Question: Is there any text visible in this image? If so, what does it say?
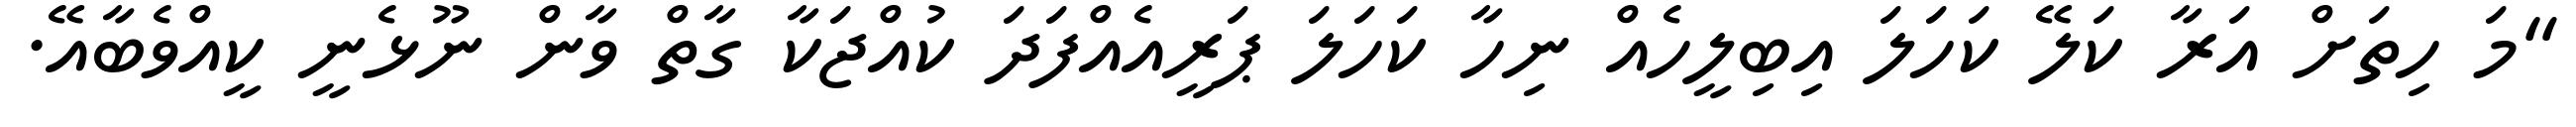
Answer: "މަ ހިތަށް އަރާ ކަލޭ ކަހަލަ އިބިލީހެއް ނިހާ ކަހަލަ ޕަރީއެއްފަދަ ކުއްޖަކާ ގާތް ވާން ނޫޅެނީ ކީއްވެބާއޭ.